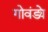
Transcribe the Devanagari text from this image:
गोवंड्ये